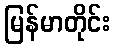
မြန်မာတိုင်း